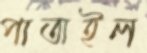
পাতাইল